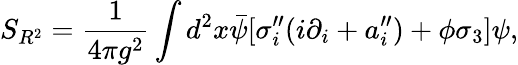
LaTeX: S_{R^{2}}=\frac{1}{4\pi g^{2}}\int d^{2}x\bar{\psi}[\sigma_{i}^{\prime\prime}(i\partial_{i}+a_{i}^{\prime\prime})+\phi\sigma_{3}]\psi,